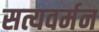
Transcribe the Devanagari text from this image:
सत्यवर्मन